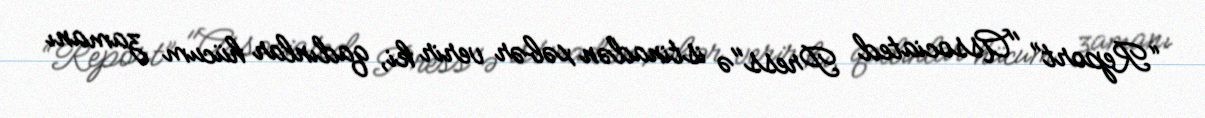
“Report” "Associated Press"ə istinadən xəbər verir ki, qadınlar hücum zamanı